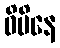
ဝိပိနေ